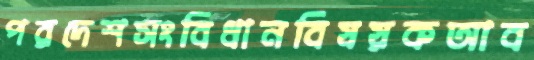
পরদেশসংবিধানবিষয়কআব